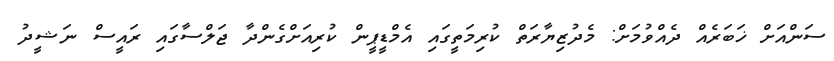
ސަންއަށް ޚަބަރެއް ދެއްވުމަށް: މެދުޒިޔާރަތް ކުރިމަތީގައި އެމްޑީޕީން ކުރިއަށްގެންދާ ޖަލްސާގައި ރައީސް ނަޝީދު